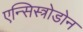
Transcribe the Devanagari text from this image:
एन्सिस्त्रोडोन